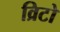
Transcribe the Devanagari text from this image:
व्रिटो